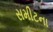
સમીટના